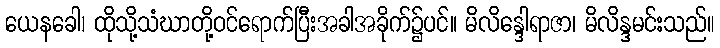
ယေနခေါ၊ ထိုသို့သံဃာတို့ဝင်ရောက်ပြီးအခါအခိုက်၌ပင်။ မိလိန္ဒေါရာဇာ၊ မိလိန္ဒမင်းသည်။